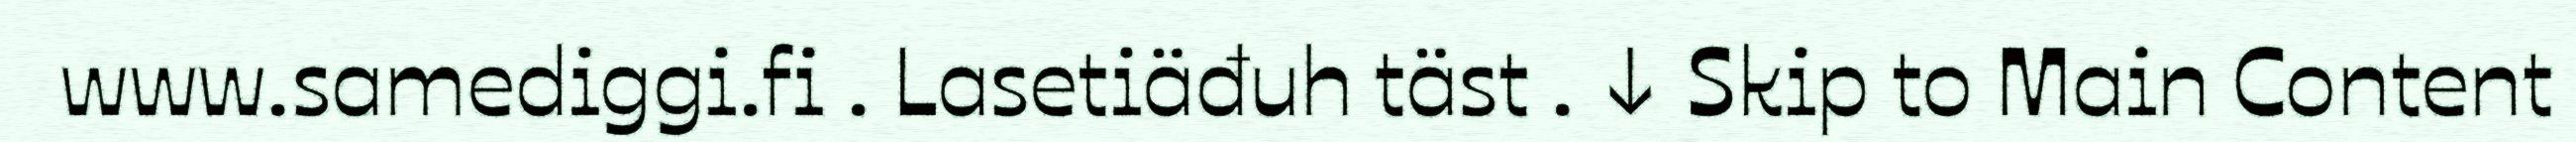
www.samediggi.fi . Lasetiäđuh täst . ↓ Skip to Main Content